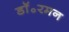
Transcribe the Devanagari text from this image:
डॉ॰रमन